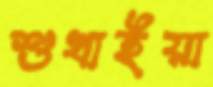
শুখাইয়া